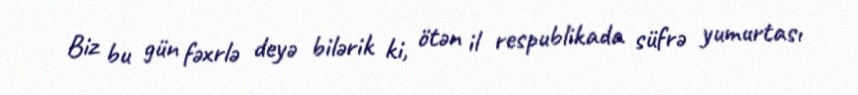
Biz bu gün fəxrlə deyə bilərik ki, ötən il respublikada süfrə yumurtası